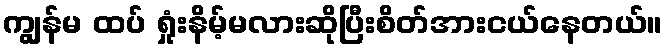
ကျွန်မ ထပ် ရှုံးနိမ့်မလားဆိုပြီးစိတ်အားငယ်နေတယ်။